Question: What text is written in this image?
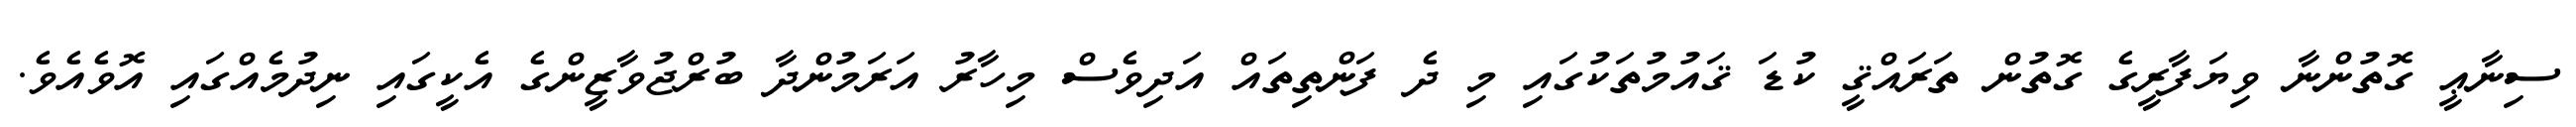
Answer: ސިނާޢީ ގޮތުންނާ ވިޔަފާރީގެ ގޮތުން ތަރައްޤީ ކުޑަ ޤައުމުތަކުގައި މި ދެ ފަންތިތައް އަދިވެސް މިހާރު އަރަމުންދާ ބުރްޖުވާޒީންގެ އެކީގައި ނިދުމެއްގައި އޮވެއެވެ.